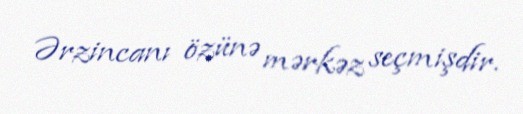
Ərzincanı özünə mərkəz seçmişdir.